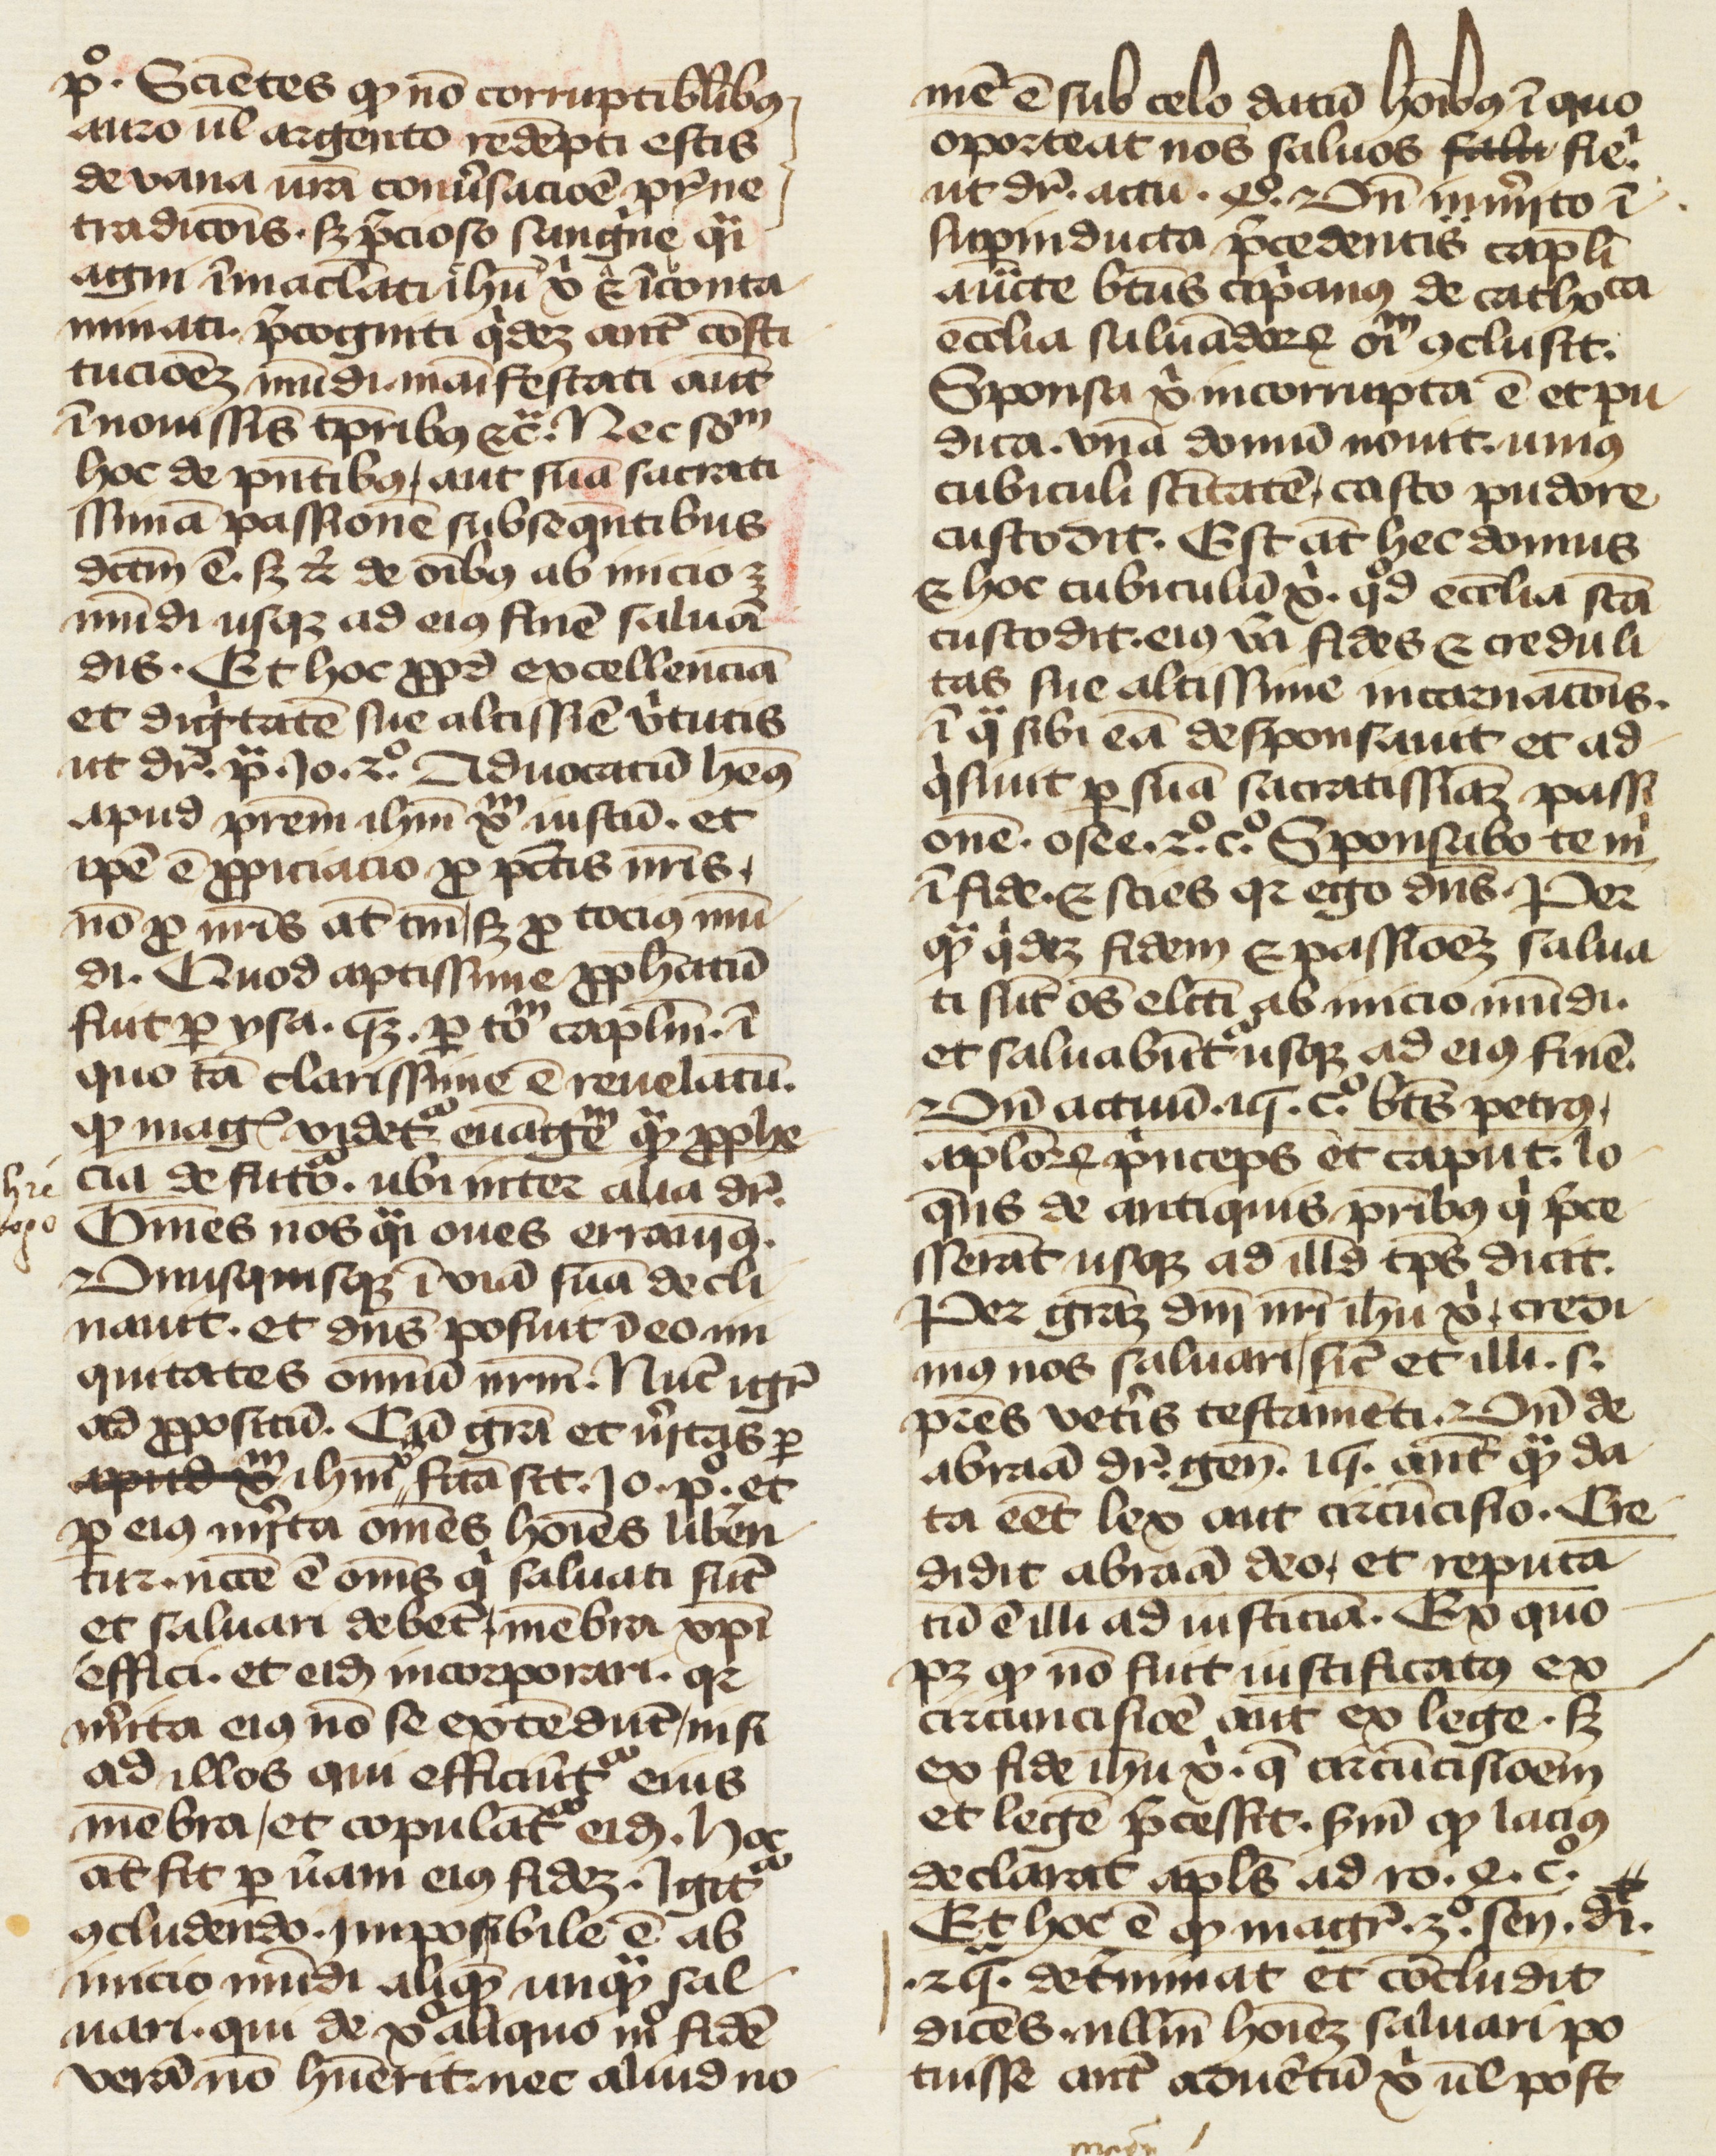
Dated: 1400–1499